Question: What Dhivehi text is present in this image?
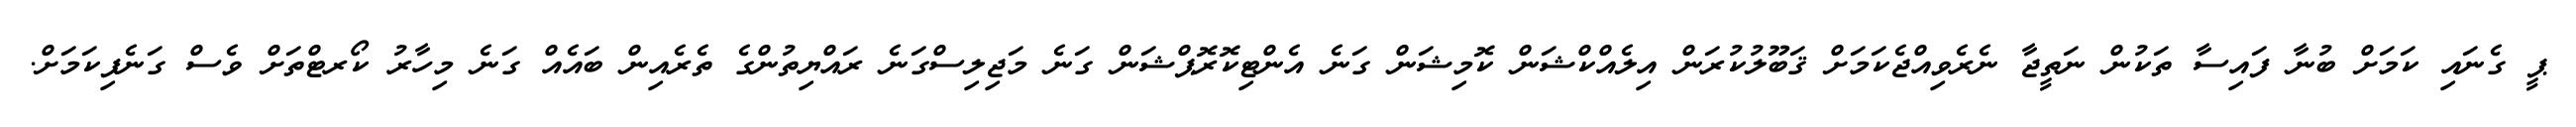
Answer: ޕީ ގެނައި ކަމަށް ބުނާ ފައިސާ ތަކުން ނަތީޖާ ނެރެވިއްޖެކަމަށް ޤަބޫލުކުރަން އިލެއްކްޝަން ކޮމިޝަން ގަނެ އެންޓިކޮރޮޕްޝަން ގަނެ މަޖިލިސްގަނެ ރައްޔިތުންގެ ތެރެއިން ބައެއް ގަނެ މިހާރު ކޯރޓްތަށް ވެސް ގަނެފިކަމަށް.